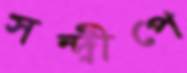
সন্দ্বীপে